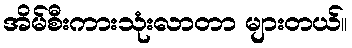
အိမ်စီးကားသုံးလာတာ များတယ်။